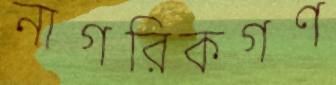
নাগরিকগণ